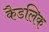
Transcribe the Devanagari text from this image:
कैडलिक